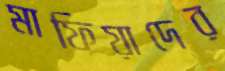
মাফিয়াদের